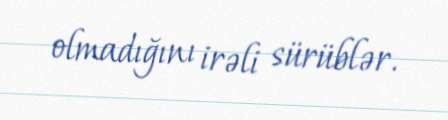
olmadığını irəli sürüblər.